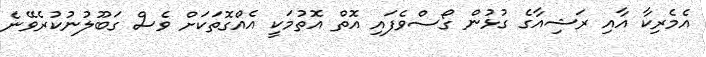
އެމެރިކާ އާއި ރަޝިއާގެ ގުޅުން ގޯސްވެފައި އޮތް އޮތުމަކީ އެއްގޮތަކަށް ވެސް ގަބޫލުނުކުރެވޭނެ